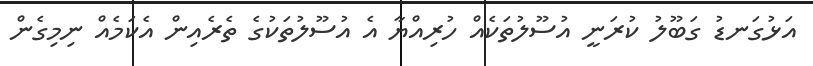
އަޅުގަނޑު ގަބޫލު ކުރަނީ އުސޫލުތަކެއް ހުރިއްޔާ އެ އުސޫލުތަކުގެ ތެރެއިން އެކަމެއް ނިމިގެން